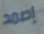
إصمد